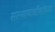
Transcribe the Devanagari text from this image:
सरन्यायाधीशांच्या